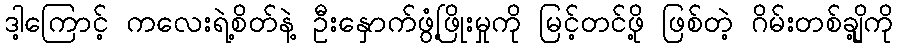
ဒါ့ကြောင့် ကလေးရဲ့စိတ်နဲ့ ဦးနှောက်ဖွံ့ဖြိုးမှုကို မြင့်တင်ဖို့ ဖြစ်တဲ့ ဂိမ်းတစ်ချို့ကို